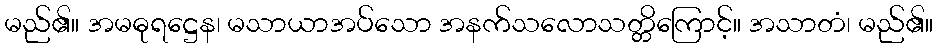
မည်၏။ အမဓုရဋ္ဌေန၊ မသာယာအပ်သော အနက်သလောသတ္တိကြောင့်။ အသာတံ၊ မည်၏။